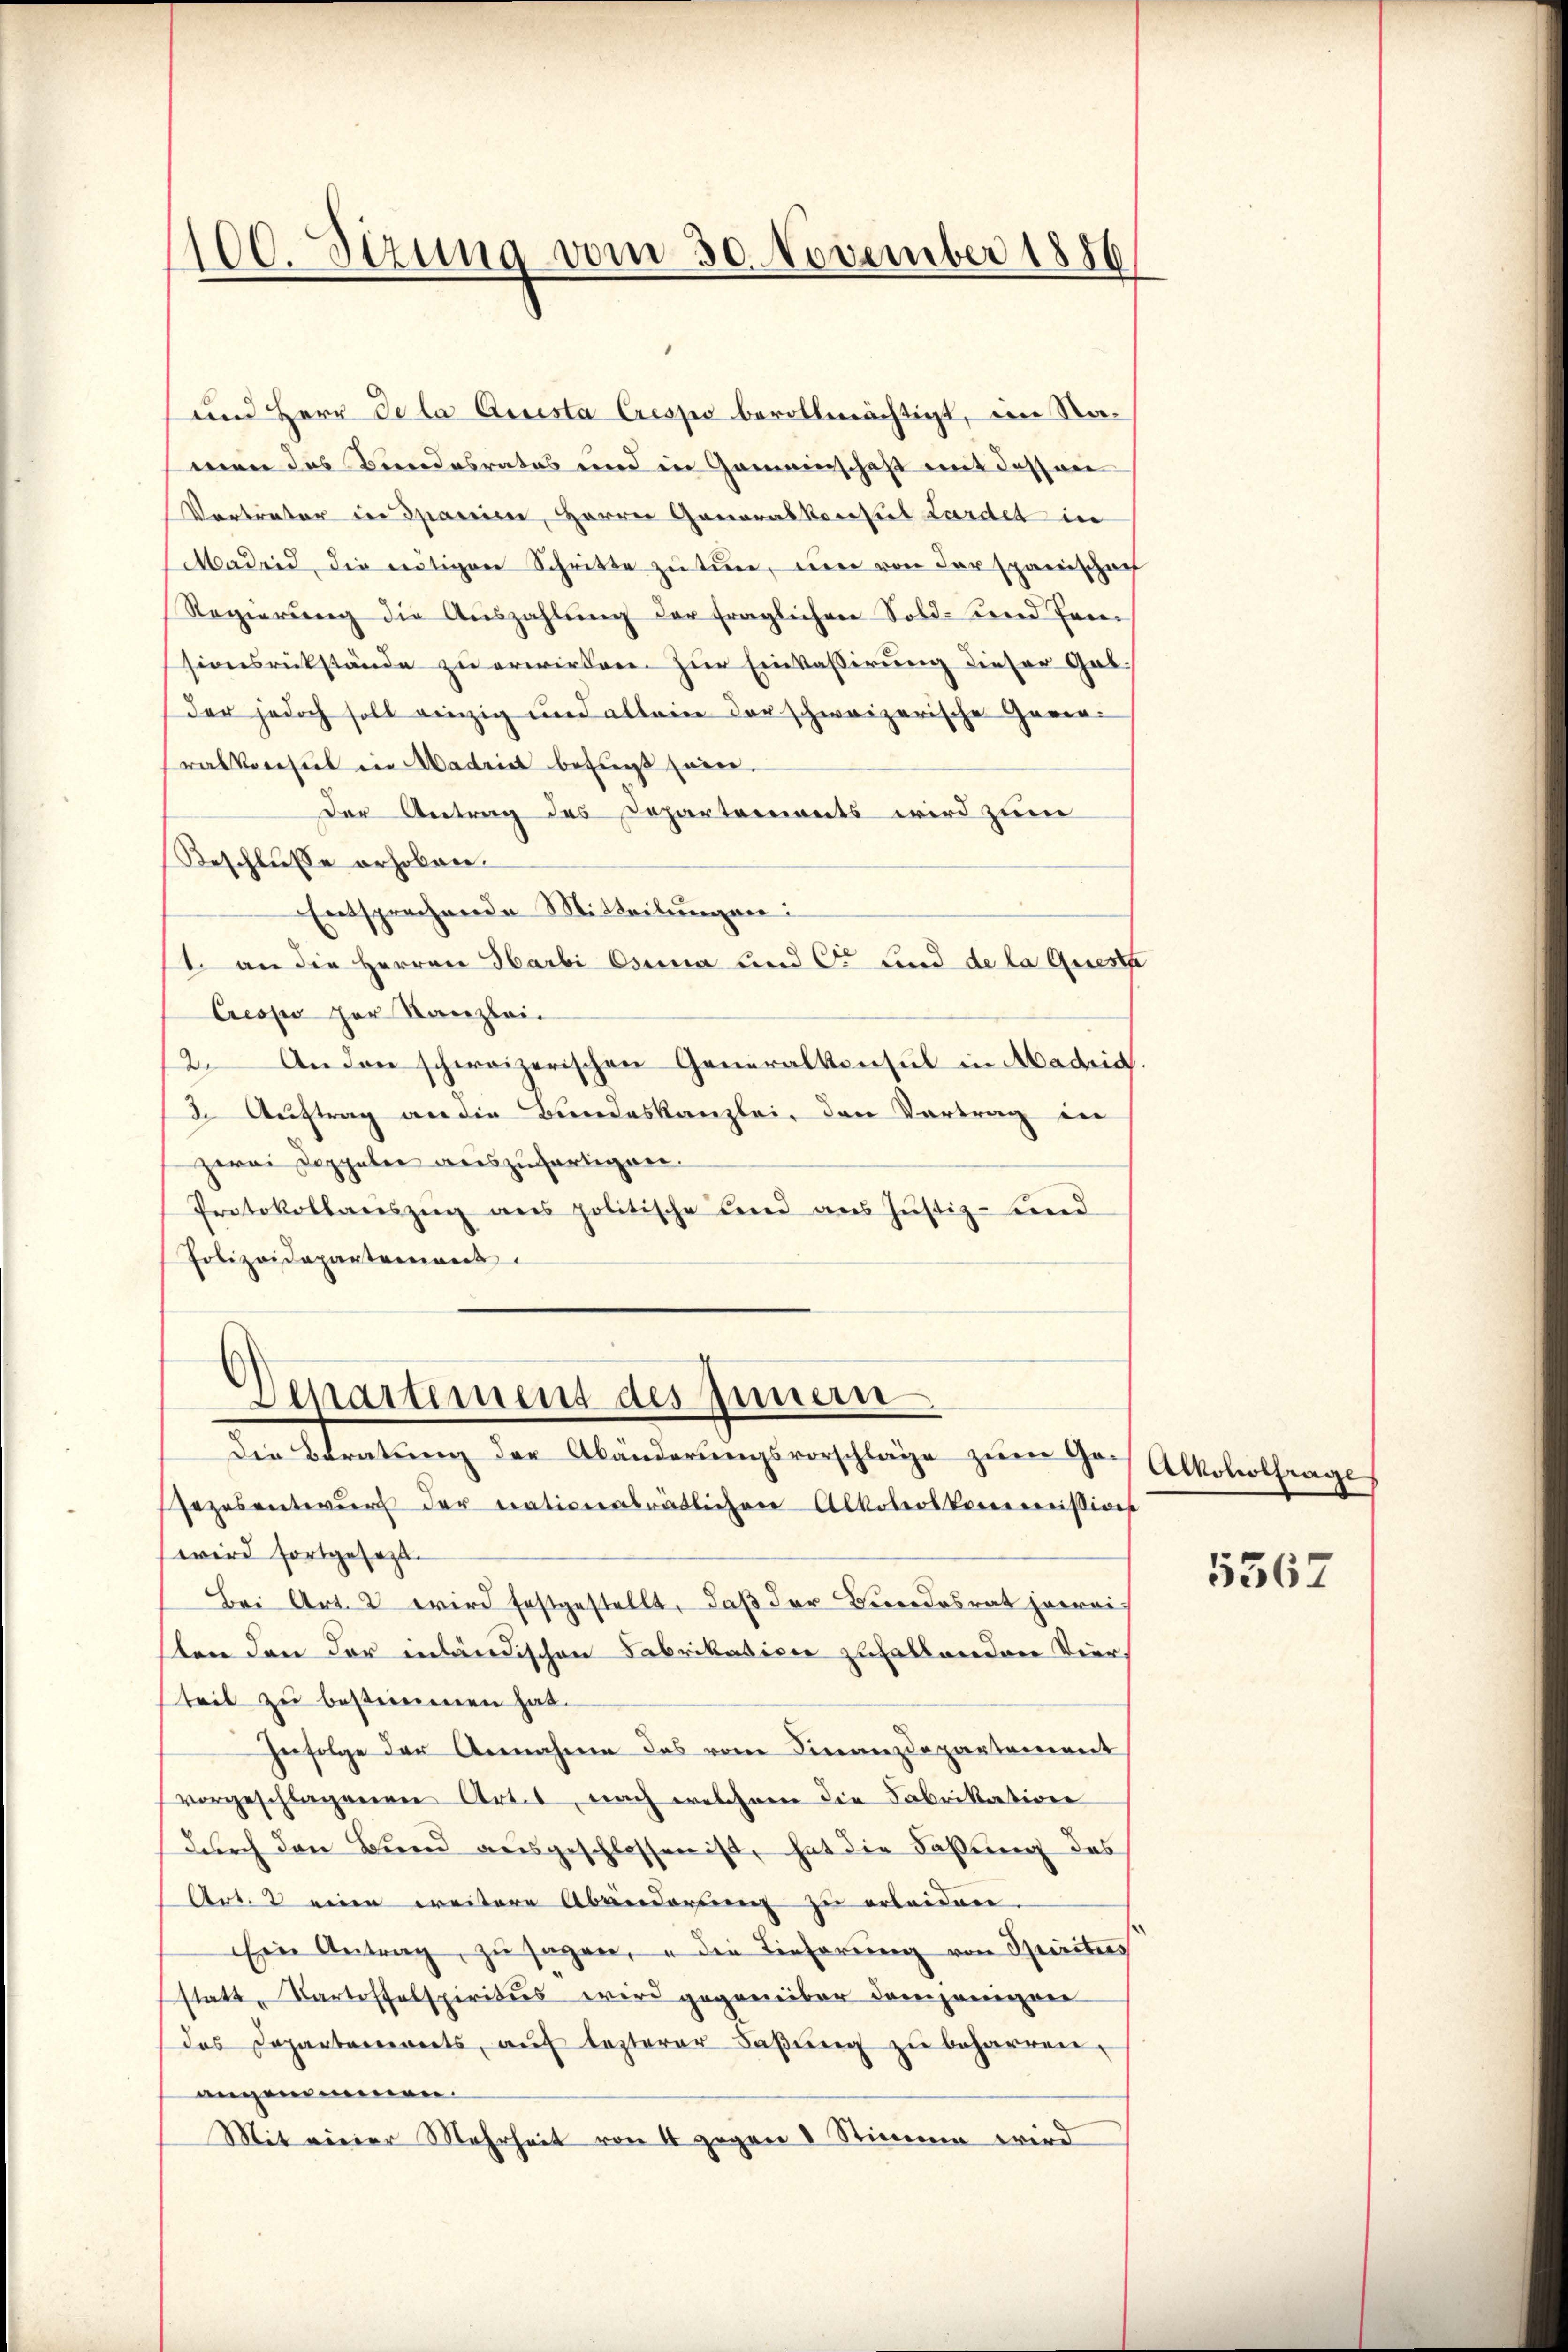
und Herr Dela Quista Crespo bevollmächtigt, im Namen das Bundesrates und in Gemeinschaft mit dessen
Vertreter in Spanien, Herrn Ganorabkorsiel Lardet in
Madrid, die nötigen Schritte zu tun, um von der Spanischech
Regierung die Auszahlung der fraglichen Sold- und Fensionsrückstände zu erwirken. Zur Einkassirung dieser Gab
der jedoch soll einzig und allein der schweizerische Garer-
ralverehel in Madrial befragt seien.
Der Antrag des Departements wird zum
Beschlusse erhoben.
Entsprechende Mitteilungen:
1. an die Herren Harbi Osuna und Cor und de la queste
Cresses par Kanzlei-
12. Anden schweizerischen Generalkonsul in Madrid.
2. Auftrag an die Bundeskanzlei, den Vortrag in
zwai Doppeler auszufertigen.
Protokollarszŭg ans politische Land ans Justiz- und
Polizeidepartement

100. Sizung vom 30. November 1886

Departement des Innern.
Die Beratung der Abänderungsvorschläge zum Ge¬

sezesenteur der trationalrätlichen Alkoholkommißion
wird fortgesetzt.
Bei Art. 2 wird festgestellt, daß der Beendesrat jewei
sten den der inländischen Fabrikation zufallenden Vier,
teil zu bestimmen hat.
Gefolge der Annahme des vom Finanzdepartement
vorgeschlagenen Art. 1, nach welchem die Fabrikation
durch den Bund ausgeschlossen ist, hat die Faßung des
Art. 2 eine weitere Abänderung zŭ erleiden.
Ein Antrag, zŭ sagen, u die Tieferung von Spiritus
statt, Kartoffelspiritus wird gegenüber demjenigen
(das Departements, auf lezterer Faßung zu beharren,
angenommen.
Mit einer Mehrheit von 4 gegen 8 Stimme wird

Alkoholfrage
d

5567